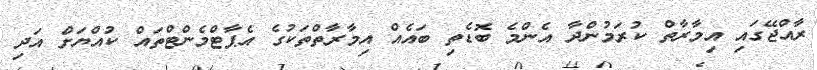
ރާއްޖޭގައި އިމާރާތް ކުރަމުންދާ އެންމެ ބޮޑެތި ބައެއް އިމާރާތްތަކުގެ އެޕާޓްމެންޓްތައް ކުއްޔަށް އަދި